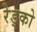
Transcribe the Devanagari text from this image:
रेड्को